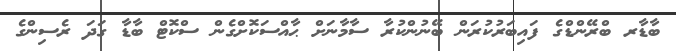
ބާޑާރ ބްރޭންޑްގެ ފައިބަރުކުރަން ބޭނުންކުރާ ސާމާނަށް ޙާއްސަކޮށްގެން ސްކޮޓް ބާޑާ ގަދަ ރެސިންގެ